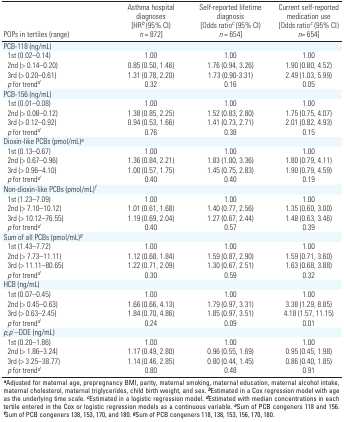
<table><thead><tr><td><b>POPs in tertiles (range)</b></td><td><b>Asthma hospital diagnoses [HR<sup><i>b</i></sup> (95% CI) <i>n </i>= 872]</b></td><td><b>Self-reported lifetime diagnosis [Odds ratio<sup><i>c</i></sup> (95% CI) <i>n </i>= 654]</b></td><td><b>Current self-reported medication use [Odds ratio<sup><i>c</i></sup> (95% CI) <i>n </i>= 654]</b></td></tr></thead><tbody><tr><td><b>PCB-118 (ng/mL)</b></td></tr><tr><td><b>1st (0.02–0.14)</b></td><td>1.00</td><td>1.00</td><td>1.00</td></tr><tr><td><b>2nd (&gt; 0.14–0.20)</b></td><td>0.85 (0.50, 1.46)</td><td>1.76 (0.94, 3.26)</td><td>1.90 (0.80, 4.52)</td></tr><tr><td><b>3rd (&gt; 0.20–0.61)</b></td><td>1.31 (0.78, 2.20)</td><td>1.73 (0.90, 3.31)</td><td>2.49 (1.03, 5.99)</td></tr><tr><td><b><i>p</i> for trend<sup><i>d</i></sup></b></td><td>0.32</td><td>0.16</td><td>0.05</td></tr><tr><td><b>PCB-156 (ng/mL)</b></td></tr><tr><td><b>1st (0.01–0.08)</b></td><td>1.00</td><td>1.00</td><td>1.00</td></tr><tr><td><b>2nd (&gt; 0.08–0.12)</b></td><td>1.38 (0.85, 2.25)</td><td>1.52 (0.83, 2.80)</td><td>1.75 (0.75, 4.07)</td></tr><tr><td><b>3rd (&gt; 0.12–0.92)</b></td><td>0.94 (0.53, 1.66)</td><td>1.41 (0.73, 2.71)</td><td>2.01 (0.82, 4.93)</td></tr><tr><td><b><i>p</i> for trend<sup><i>d</i></sup></b></td><td>0.76</td><td>0.38</td><td>0.15</td></tr><tr><td><b>Dioxin-like PCBs (pmol/mL)<sup><i>e</i></sup></b></td></tr><tr><td><b>1st (0.13–0.67)</b></td><td>1.00</td><td>1.00</td><td>1.00</td></tr><tr><td><b>2nd (&gt; 0.67–0.96)</b></td><td>1.36 (0.84, 2.21)</td><td>1.83 (1.00, 3.36)</td><td>1.80 (0.79, 4.11)</td></tr><tr><td><b>3rd (&gt; 0.96–4.10)</b></td><td>1.00 (0.57, 1.75)</td><td>1.45 (0.75, 2.83)</td><td>1.90 (0.79, 4.59)</td></tr><tr><td><b><i>p</i> for trend<sup><i>d</i></sup></b></td><td>0.40</td><td>0.40</td><td>0.19</td></tr><tr><td><b>Non-dioxin-like PCBs (pmol/mL)<sup><i>f</i></sup></b></td></tr><tr><td><b>1st (1.23–7.09)</b></td><td>1.00</td><td>1.00</td><td>1.00</td></tr><tr><td><b>2nd (&gt; 7.10–10.12)</b></td><td>1.01 (0.61, 1.68)</td><td>1.40 (0.77, 2.56)</td><td>1.35 (0.60, 3.00)</td></tr><tr><td><b>3rd (&gt; 10.12–76.55)</b></td><td>1.19 (0.69, 2.04)</td><td>1.27 (0.67, 2.44)</td><td>1.48 (0.63, 3.46)</td></tr><tr><td><b><i>p</i> for trend<sup><i>d</i></sup></b></td><td>0.40</td><td>0.57</td><td>0.39</td></tr><tr><td><b>Sum of all PCBs (pmol/mL)<sup><i>g</i></sup></b></td></tr><tr><td><b>1st (1.43–7.72)</b></td><td>1.00</td><td>1.00</td><td>1.00</td></tr><tr><td><b>2nd (&gt; 7.73–11.11)</b></td><td>1.12 (0.68, 1.84)</td><td>1.59 (0.87, 2.90)</td><td>1.59 (0.71, 3.60)</td></tr><tr><td><b>3rd (&gt; 11.11–80.65)</b></td><td>1.22 (0.71, 2.09)</td><td>1.30 (0.67, 2.51)</td><td>1.63 (0.68, 3.88)</td></tr><tr><td><b><i>p</i> for trend<sup><i>d</i></sup></b></td><td>0.30</td><td>0.59</td><td>0.32</td></tr><tr><td><b>HCB (ng/mL)</b></td></tr><tr><td><b>1st (0.07–0.45)</b></td><td>1.00</td><td>1.00</td><td>1.00</td></tr><tr><td><b>2nd (&gt; 0.45–0.63)</b></td><td>1.66 (0.66, 4.13)</td><td>1.79 (0.97, 3.31)</td><td>3.38 (1.29, 8.85)</td></tr><tr><td><b>3rd (&gt; 0.63–2.45)</b></td><td>1.84 (0.70, 4.86)</td><td>1.85 (0.97, 3.51)</td><td>4.18 (1.57, 11.15)</td></tr><tr><td><b><i>p</i> for trend<sup><i>d</i></sup></b></td><td>0.24</td><td>0.09</td><td>0.01</td></tr><tr><td><b><i>p,p</i> ́–DDE (ng/mL)</b></td></tr><tr><td><b>1st (0.20–1.86)</b></td><td>1.00</td><td>1.00</td><td>1.00</td></tr><tr><td><b>2nd (&gt; 1.86–3.24)</b></td><td>1.17 (0.49, 2.80)</td><td>0.96 (0.55, 1.69)</td><td>0.95 (0.45, 1.98)</td></tr><tr><td><b>3rd (&gt; 3.24–38.77)</b></td><td>1.14 (0.46, 2.85)</td><td>0.80 (0.44, 1.45)</td><td>0.86 (0.40, 1.85)</td></tr><tr><td><b><i>p</i> for trend<sup><i>d</i></sup></b></td><td>0.80</td><td>0.48</td><td>0.91</td></tr></tbody></table>